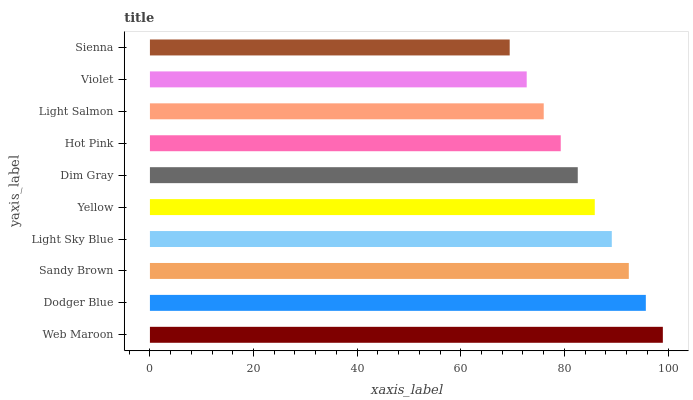
| yaxis_label | bars |
 | --- | --- |
 | Web Maroon | 99 |
 | Dodger Blue | 95.7 |
 | Sandy Brown | 92.4 |
 | Light Sky Blue | 89.1 |
 | Yellow | 85.9 |
 | Dim Gray | 82.6 |
 | Hot Pink | 79.3 |
 | Light Salmon | 76 |
 | Violet | 72.7 |
 | Sienna | 69.4 |